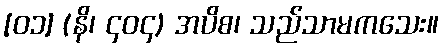
[၀၁] (နိ၊ ၄၀၄) အပိစ၊ သည်သာမကသေး။